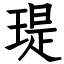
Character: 瑅